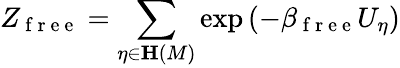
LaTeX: Z_{\mathrm{~f~r~e~e~}}=\sum_{\eta\in\mathbf{H}\left(M\right)}\exp\left(-\beta_{\mathrm{~f~r~e~e~}}U_{\eta}\right)